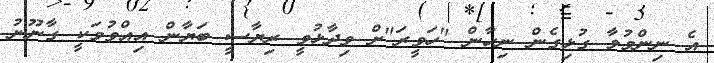
އެ ނިންމުމާ ގުޅިގެން ނިހާން "ހަވީރަ"ށް ވިދާޅުވީ ރިޔާސީ ބަޔާން އިއްވުމަކީ ގާނޫނު